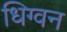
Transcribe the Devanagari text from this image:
धिग्वन